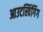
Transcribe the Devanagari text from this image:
आउटस्विंगिंग